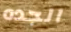
الجده